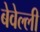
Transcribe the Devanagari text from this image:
बेवेल्ली